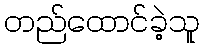
တည်ထောင်ခဲ့သူ